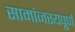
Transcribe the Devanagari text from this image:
सामांजस्यपूर्ण